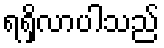
ရရှိလာပါသည်